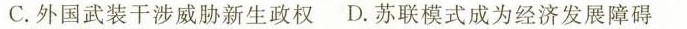
C.外国武装干涉威胁新生政权 D.苏联模式成为经济发展障碍